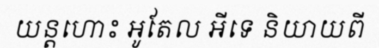
យន្តហោះ អូតែល អីទេ និយាយពី